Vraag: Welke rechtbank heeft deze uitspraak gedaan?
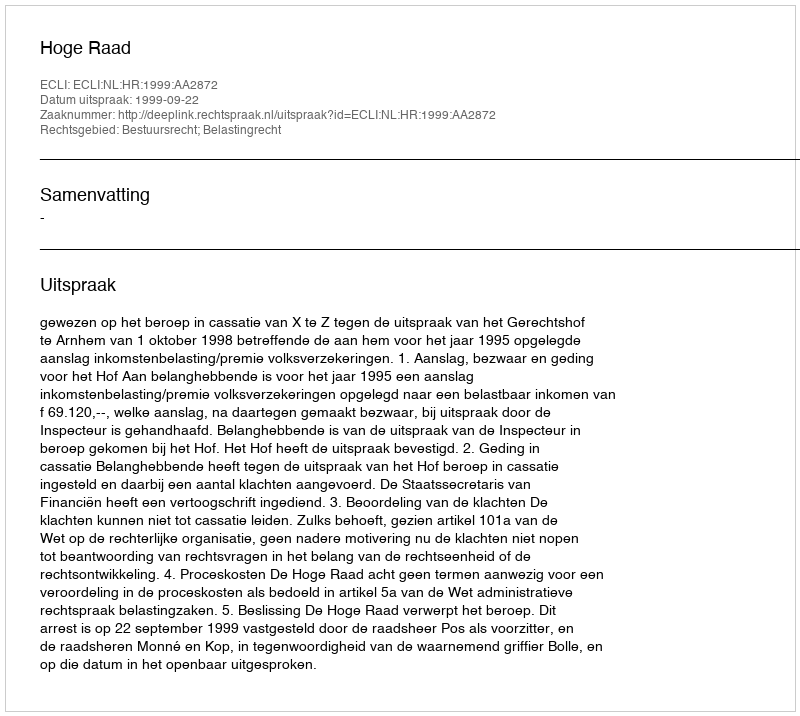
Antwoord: Hoge Raad